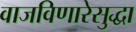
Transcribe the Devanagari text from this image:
वाजविणारेसुद्धा